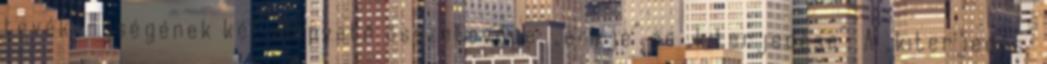
tevékenységének két alapvető összetevője: „ereje” és „kiterjedése”. A „kiterjedés”